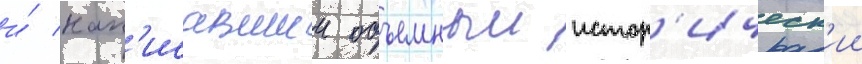
и́ нап'исавшии объемныи истор'ическ'ии